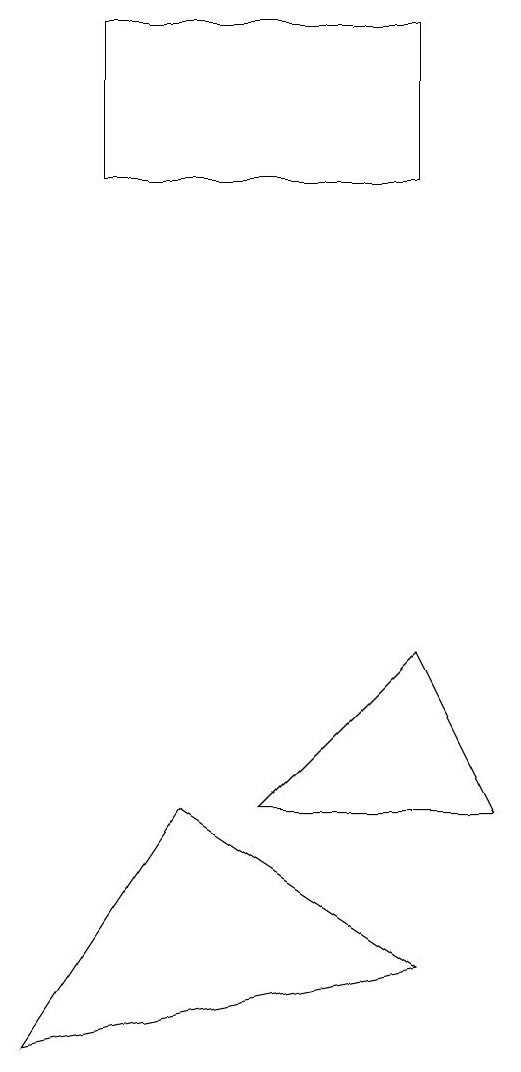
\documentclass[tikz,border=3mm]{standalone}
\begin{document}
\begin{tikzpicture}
\draw (7,15) rectangle (3,13);
\draw (2,2) -- (4,5) -- (7,3) -- cycle;
\draw (5,5) -- (7,7) -- (8,5) -- cycle;
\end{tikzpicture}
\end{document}